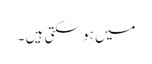
میں ہو سکتی ہیں ۔